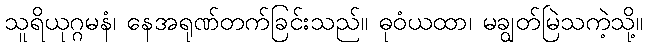
သူရိယုဂ္ဂမနံ၊ နေအရုဏ်တက်ခြင်းသည်။ ဓုဝံယထာ၊ မချွတ်မြဲသကဲ့သို့။